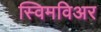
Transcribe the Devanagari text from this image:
स्विमविअर